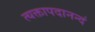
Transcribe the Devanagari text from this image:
त्यक्तापदानन्दं